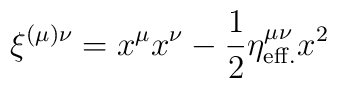
\xi^{(\mu)\nu} = x^\mu x^\nu - {1\over 2} \eta^{\mu\nu}_{\rm eff.} x^2